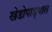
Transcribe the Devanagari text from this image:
खेडोपाड्यात